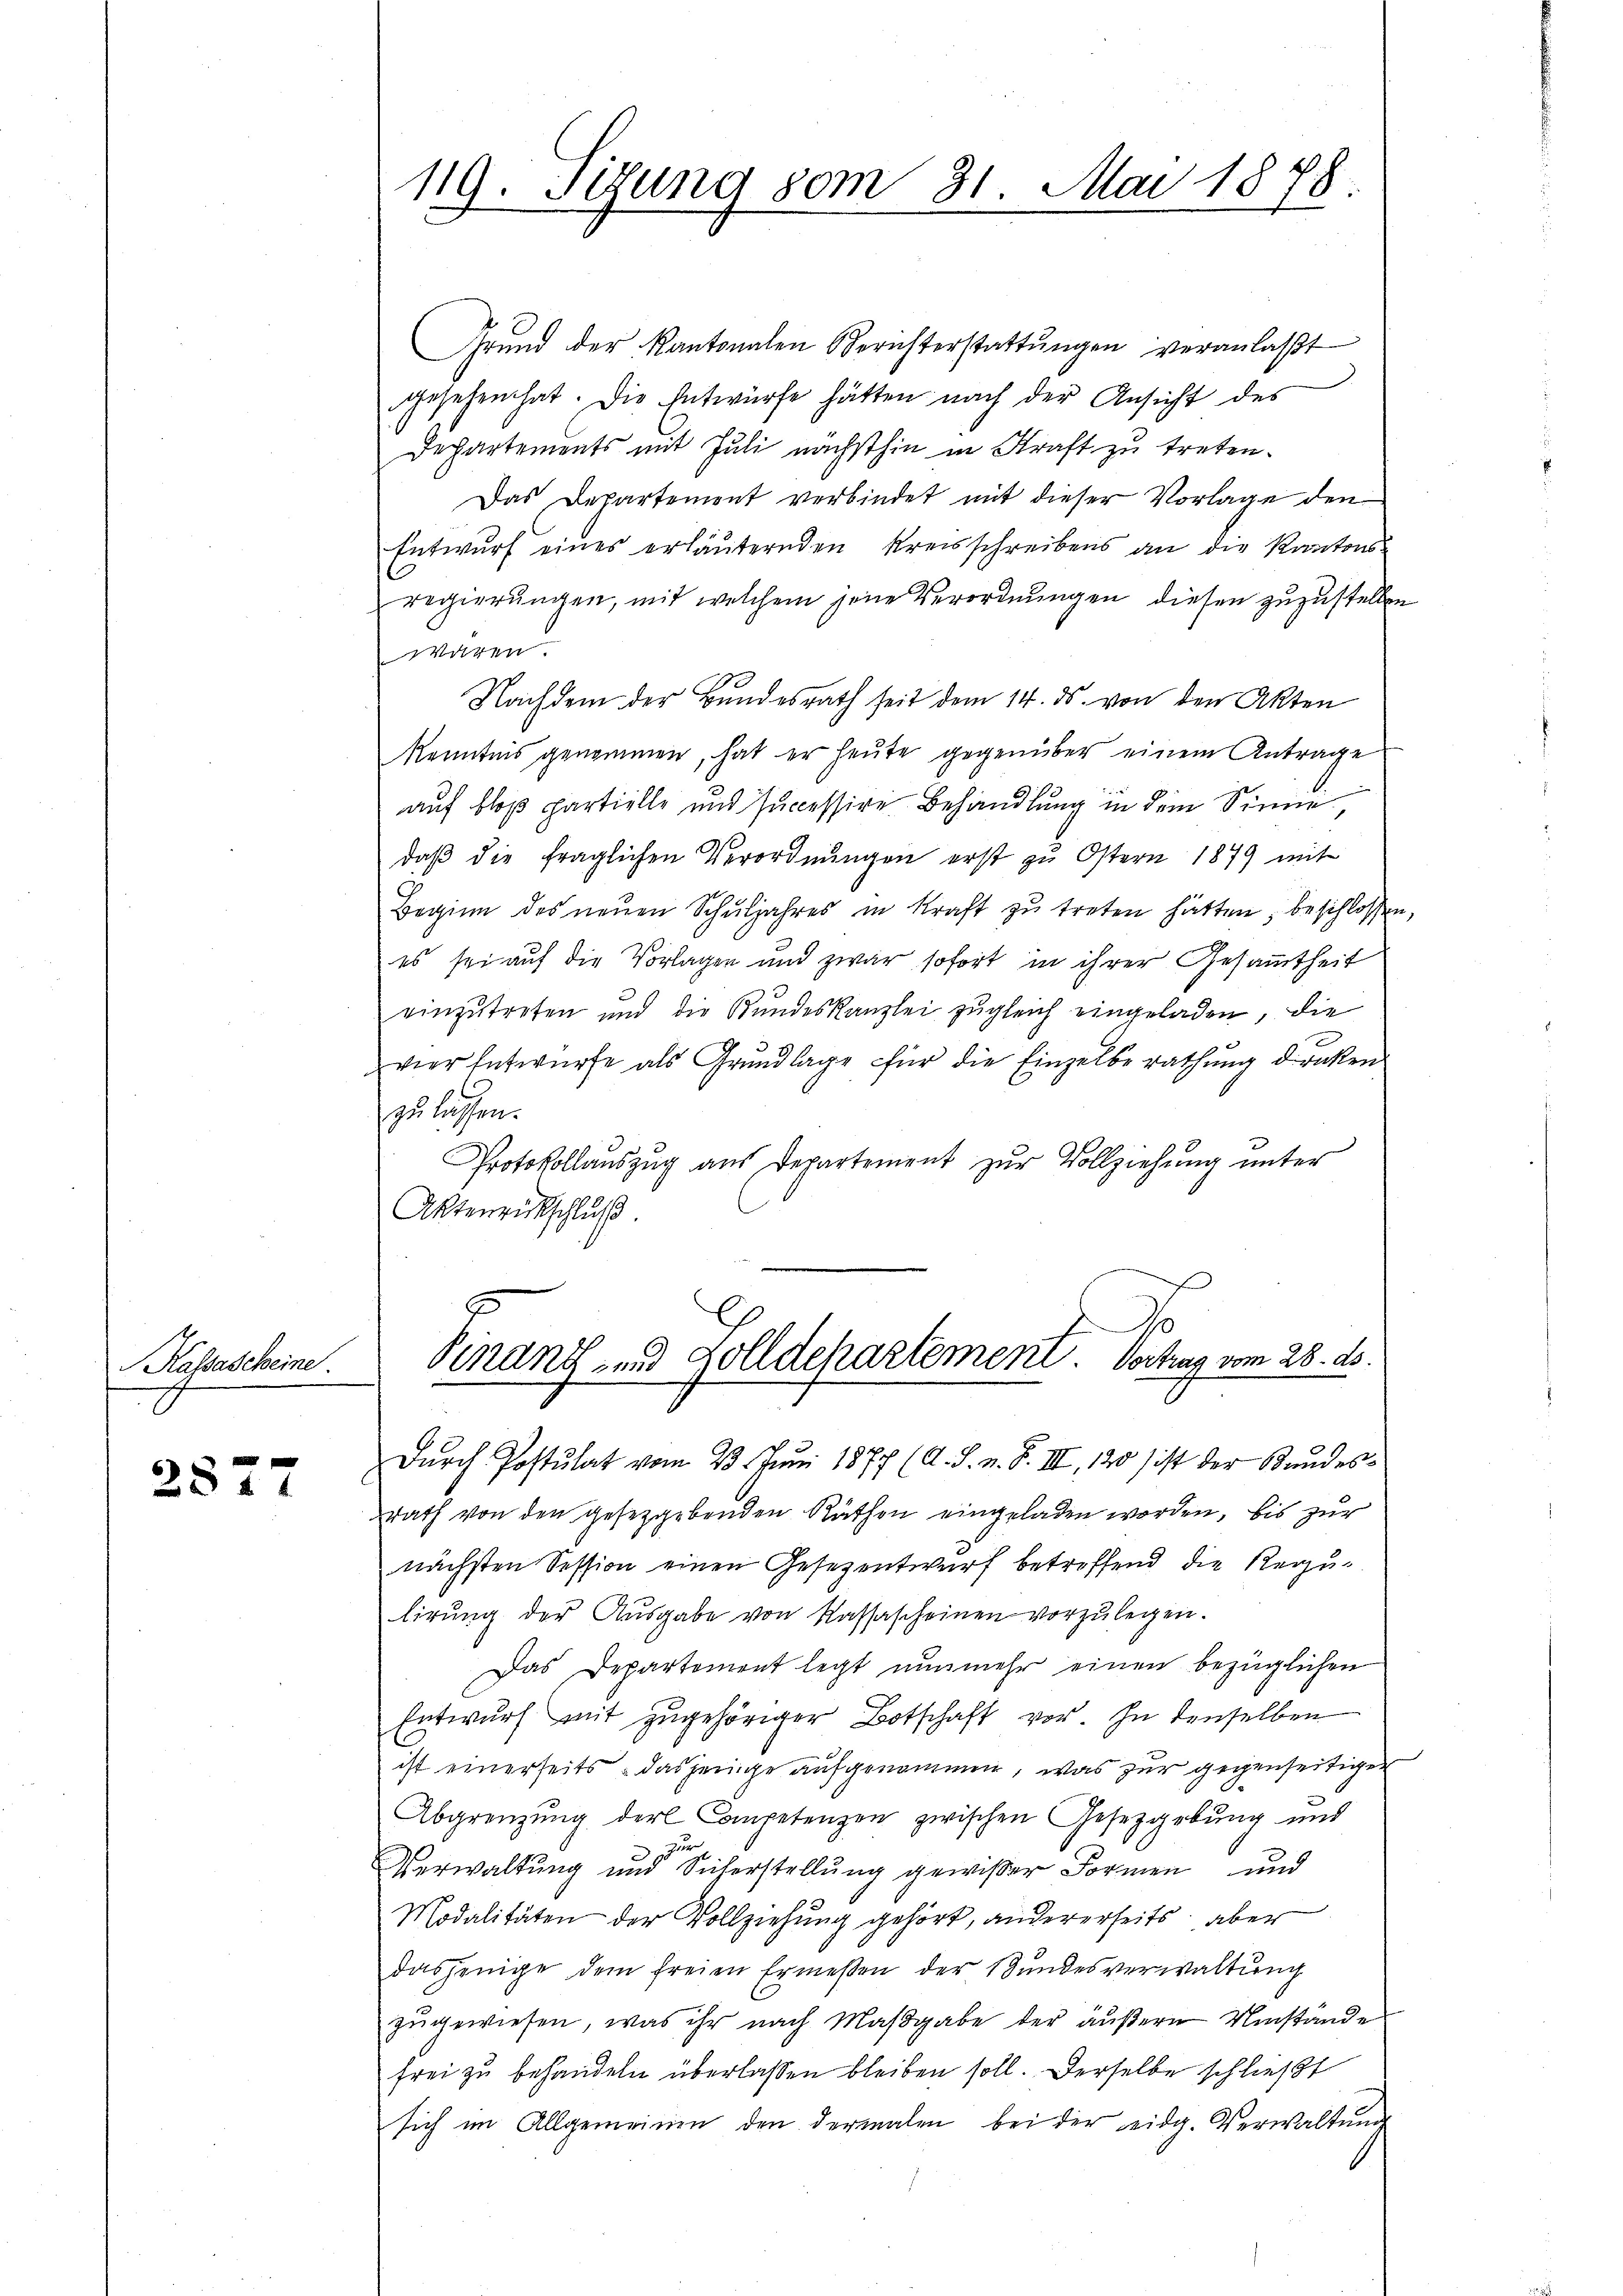
Kassascheine

2877

119. Sizung vom 31. Mai 1878.

Grund der Kantonalen Berichterstattŭngen veranlaβt
gesehen hat. Die Entwürfe hätten nach der Ansicht des
Departements mit Juli nächsthin in Kraft zu treten.
Das Departement verbindet mit dieser Vorlage den
Entwurf eines erläuternden Kreisschreibens an die Kantons
regierungen, mit welchem jene Verordnungen diesen zuzustellen
Wilten
Nachdem der Bundesrath seit dem 14. ds. von den Akten
Kenntnis genommen, hat er heute gegenüber einem Antrage
auf bloß partielle und successire Behandlung in dem Sinne
daβ die fraglichen Verordnŭngen erst zu Ostern 1879 mit
Beginn des neŭen Schŭljahres in Kraft zu treten hätten, beschlossen
es sei auf die Vorlagen und zwar sofort in ihrer Gesammtheit
einzŭtreten und die Kundeskanzlei zŭgleich eingeladen, die
vier Entwürfe als Grŭndlage für die Einzelbe rathung drücken
zu lassen.
Protokollauszug aus Departement zur Vollziehung unter
Aktenrückschluß.
o
Sinanz, und Solldehartement. Vortrag vom 28. ds.
Durch Postulat vom 23. Juni 1877 (A. J. n. F. III, 120 ist der Kundesrath von den gesetzgebenden Räthen eingeladen worden, bis zur
nächsten Session einen Gesezentwurf betreffend die Regulirŭng der Aŭsgabe von Kassascheinen vorzŭlegen.
Das Departement legt nunmehr einen bezüglichen
Entwurf mit zŭgehöriger Botschaft vor. In denselben
ist einerseits – dasjenige aufgenommen, was zur gegenseitigen
Abgrenzung der Competenzen zwischen Gesetzgebung und
Verwaltung und Sicherstellung gewißer Formen und
Modalitäten der Vollziehung gehört, andererseits aber
dasjenige dem freien Ermessen der Bundesverwaltŭng
zŭ gewiesen, was ihr nach Maβgabe der äŭβern Umstände
frei zu behandeln überlassen bleiben soll. Derselbe schließt
sich im Allgemeinen den dermalen bei der eidg. Verwaltŭng